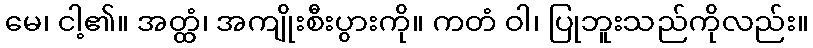
မေ၊ ငါ့၏။ အတ္ထံ၊ အကျိုးစီးပွားကို။ ကတံ ဝါ၊ ပြုဘူးသည်ကိုလည်း။